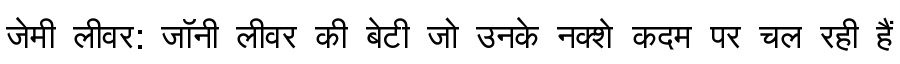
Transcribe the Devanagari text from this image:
जेमी लीवर: जॉनी लीवर की बेटी जो उनके नक्शे कदम पर चल रही हैं